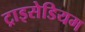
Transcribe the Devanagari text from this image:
ट्राइसेडियम